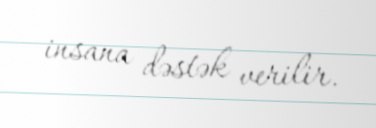
insana dəstək verilir.